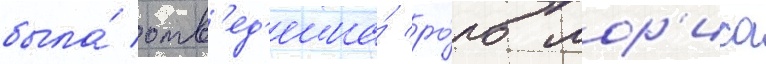
была́ отв'ед'ена́ ро́ль мор'иса